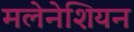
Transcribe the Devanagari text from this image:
मलेनेशियन